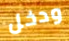
ودخل